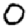
Digit: 0